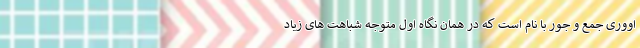
اووری جمع و جور با نام است که در همان نگاه اول متوجه شباهت های زیاد